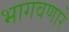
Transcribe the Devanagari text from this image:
भागवणारे